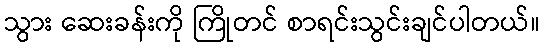
သွား ဆေးခန်းကို ကြိုတင် စာရင်းသွင်းချင်ပါတယ်။